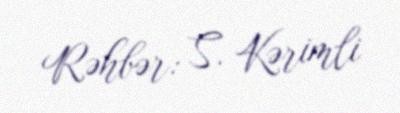
Rəhbər: S. Kərimli